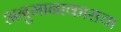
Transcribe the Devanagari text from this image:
अनुमानाकाराचा